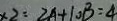
\times 2 = 2 A + 1 0 B = 4